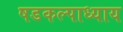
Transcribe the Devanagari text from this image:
षडकल्पाध्याय